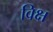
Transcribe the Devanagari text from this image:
विक्ष